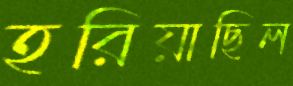
হরিয়াছিল